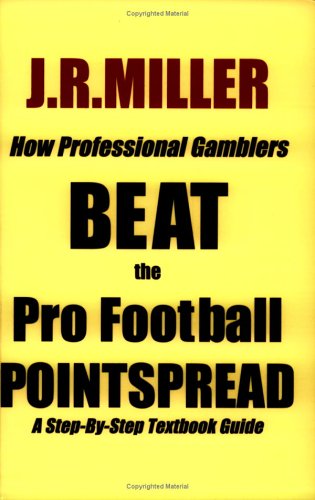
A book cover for How Professional Gamblers Beat the Pro Football Pointspread; J. R. Miller; Humor & Entertainment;